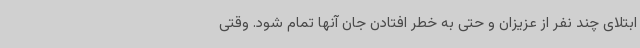
ابتلای چند نفر از عزیزان و حتی به خطر افتادن جان آنها تمام شود. وقتی